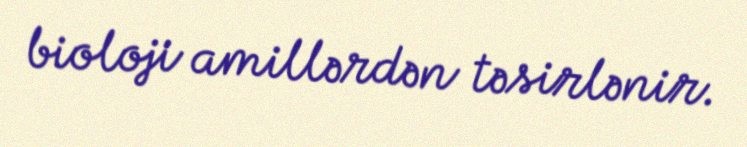
bioloji amillərdən təsirlənir.